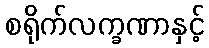
စရိုက်လက္ခဏာနှင့်